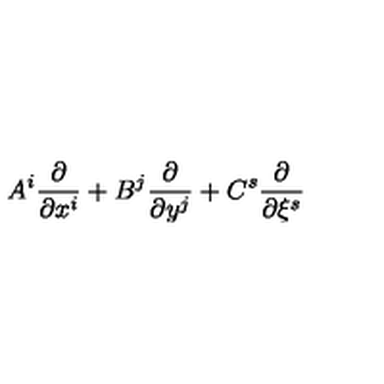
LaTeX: A ^ { i } \frac { \partial } { \partial x ^ { i } } + B ^ { j } \frac { \partial } { \partial y ^ { j } } + C ^ { s } \frac { \partial } { \partial \xi ^ { s } }